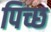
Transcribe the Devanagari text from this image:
पिच्छ